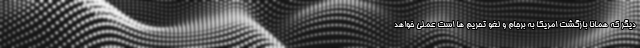
دیگر که همانا بازگشت امریکا به برجام و لغو تحریم ها است عملی خواهد